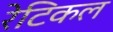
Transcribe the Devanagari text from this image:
रेटिकल